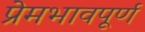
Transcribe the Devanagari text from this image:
प्रेमभावपूर्ण